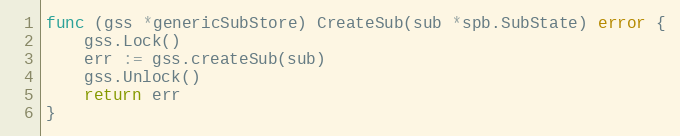
Language: Go
func (gss *genericSubStore) CreateSub(sub *spb.SubState) error {
	gss.Lock()
	err := gss.createSub(sub)
	gss.Unlock()
	return err
}